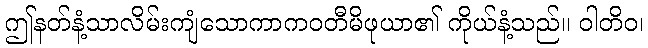
ဤနတ်နံ့သာလိမ်းကျံသောကာကဝတီမိဖုယာ၏ ကိုယ်နံ့သည်။ ဝါတိဝ၊